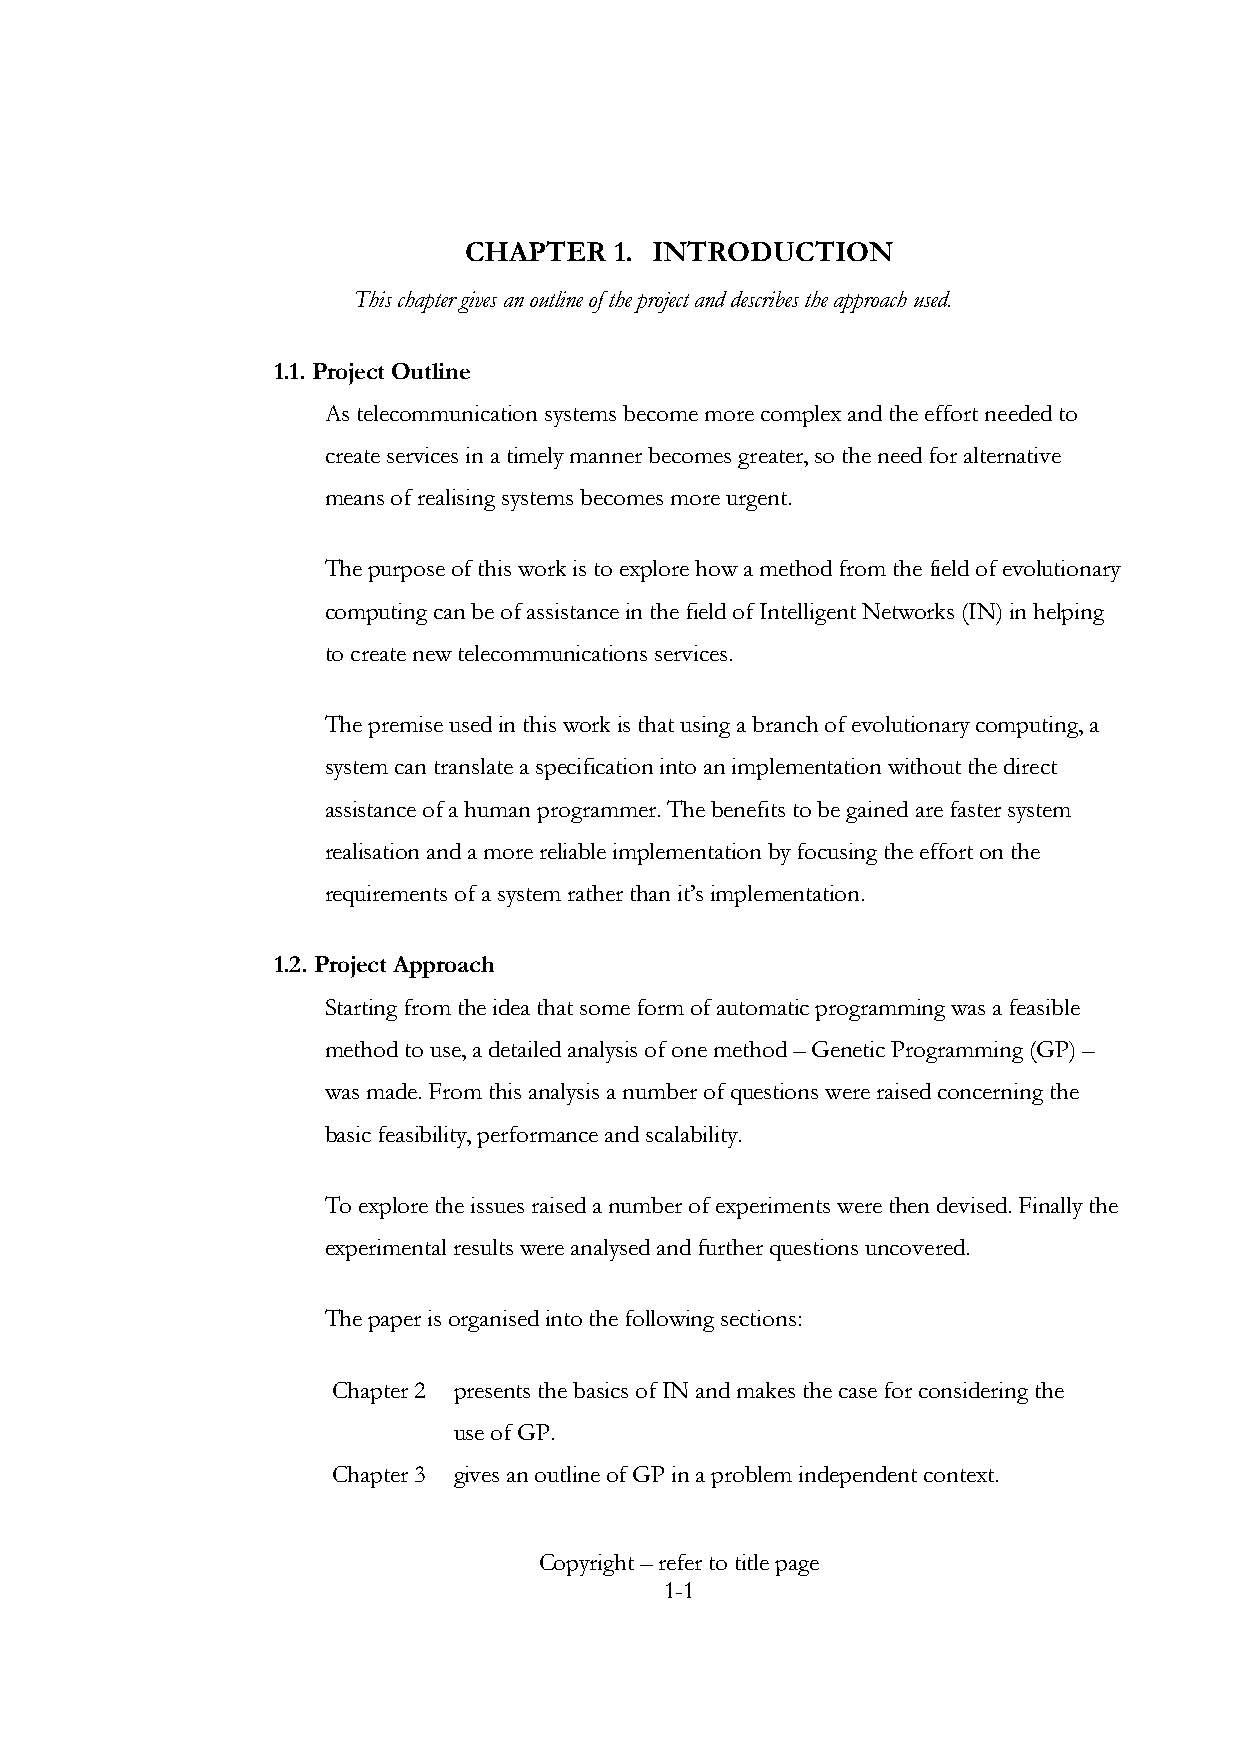
CHAPTER   1. INTRODUCTION
 This chapter gives an outline of the project and describes the approach used.
 1.1. Project Outline
 As telecommunication systems become more complex and the effort needed to
 create services in a timely manner becomes greater, so the need for alternative
 means of realising systems becomes more urgent.
 The purpose of this work is to explore how a method from the field of evolutionary
 computing can be of assistance in the field of Intelligent Networks (IN) in helping
 to create new telecommunications services.
 The premise used in this work is that using a branch of evolutionary computing, a
 system can translate a specification into an implementation without the direct
 assistance of a human programmer. The benefits to be gained are faster system
 realisation and a more reliable implementation by focusing the effort on the
 requirements of a system rather than it’s implementation.
 1.2. Project Approach
 Starting from the idea that some form of automatic programming was a feasible
 method to use, a detailed analysis of one method – Genetic Programming (GP) –
 was made. From this analysis a number of questions were raised concerning the
 basic feasibility, performance and scalability.
 To explore the issues raised a number of experiments were then devised. Finally the
 experimental results were analysed and further questions uncovered.
 The paper is organised into the following sections:
 Chapter 2 presents the basics of IN and makes the case for considering the
 use of GP.
 Chapter 3 gives an outline of GP in a problem independent context.
 Copyright – refer to title page
 1-1